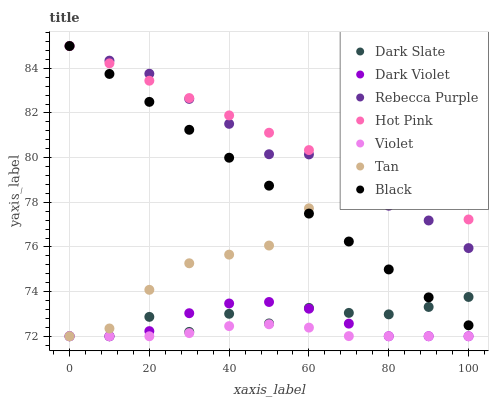
| xaxis_label | Dark Slate | Dark Violet | Rebecca Purple | Hot Pink | Violet | Tan | Black |
 | --- | --- | --- | --- | --- | --- | --- | --- |
 | 0 | 72 | 72 | 85 | 85 | 72 | 72 | 85 |
 | 10 | 72 | 72 | 84.3 | 84.2 | 72 | 72.3 | 83.7 |
 | 20 | 72.9 | 72.2 | 83.8 | 83.4 | 72 | 74.1 | 82.5 |
 | 30 | 72.2 | 73 | 82.6 | 82.7 | 72.1 | 75.3 | 81.2 |
 | 40 | 73 | 73.5 | 81.5 | 81.9 | 72.5 | 75.7 | 80 |
 | 50 | 72.6 | 73.5 | 80.2 | 81.1 | 72.5 | 76.1 | 78.7 |
 | 60 | 73.3 | 73.2 | 80.1 | 80.3 | 72.4 | 77.7 | 77.5 |
 | 70 | 73 | 72.6 | 79.3 | 79.6 | 72 | 78.4 | 76.2 |
 | 80 | 73 | 72 | 77.8 | 78.8 | 72 | 78.6 | 75 |
 | 90 | 73.3 | 72 | 77.2 | 78 | 72 | 79.8 | 73.7 |
 | 100 | 73.8 | 72 | 75.9 | 77.2 | 72 | 80.6 | 72.5 |